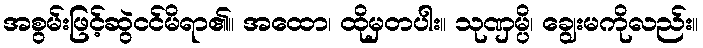
အစွမ်းဖြင့်ဆွဲငင်မိရာ၏။ အထော၊ ထိုမှတပါး။ သုဏှမ္ပိ၊ ချွေးမကိုလည်း။